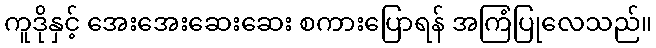
ကူဒိုနှင့် အေးအေးဆေးဆေး စကားပြောရန် အကြံပြုလေသည်။